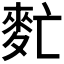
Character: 𪌁